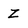
Character: Z